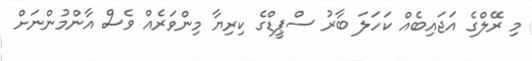
މި ރޭލްގެ އަޖައިބެއް ކަހަލަ ބާރު ސްޕީޑްގެ ކިރިޔާ މިންވަރެއް ވެސް އާންމުންނަށް